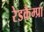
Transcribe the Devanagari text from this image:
रेडकैम्प्रा